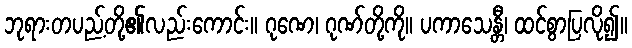
ဘုရားတပည့်တို့၏လည်းကောင်း။ ဂုဏေ၊ ဂုဏ်တို့ကို။ ပကာသေန္တီ၊ ထင်စွာပြလို၍။